Indian journal of veterinary science and animal husbandry - Volume 4,
Year: 1934
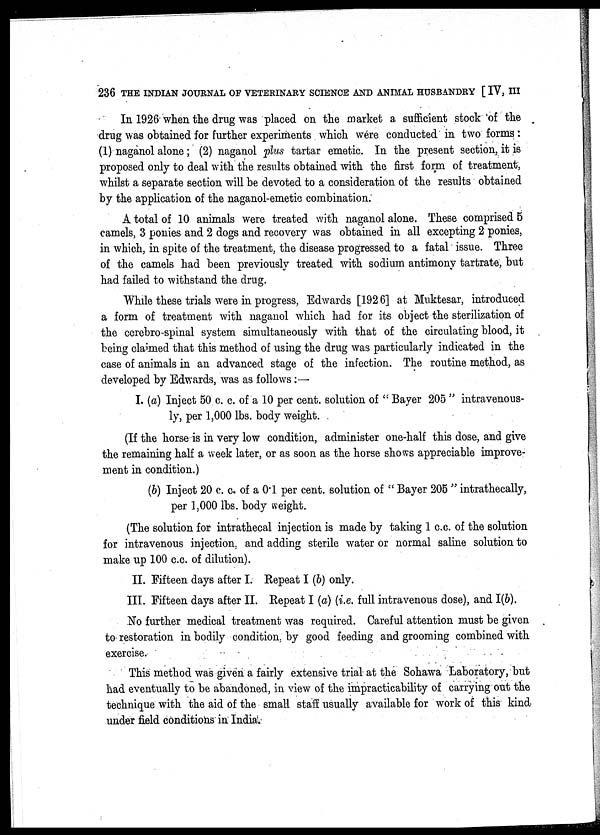
236 THE INDIAN JOURNAL OF VETERINARY SCIENCE AND ANIMAL HUSBANDRY [ IV, III
In 1926 when the drug was placed on the market a sufficient stock of the
drug was obtained for further experiments which were conducted in two forms :
(1) naganol alone; (2) naganol plus tartar emetic. In the present section, it is
proposed only to deal with the results obtained with the first form of treatment,
whilst a separate section will be devoted to a consideration of the results obtained
by the application of the naganol-emetic combination.
A total of 10 animals were treated with naganol alone. These comprised 5
camels, 3 ponies and 2 dogs and recovery was obtained in all excepting 2 ponies,
in which, in spite of the treatment, the disease progressed to a fatal issue. Three
of the camels had been previously treated with sodium antimony tartrate, but
had failed to withstand the drug.
While these trials were in progress, Edwards [1926] at Muktesar, introduced
a form of treatment with naganol which had for its object the sterilization of
the cerebro-spinal system simultaneously with that of the circulating blood, it
being claimed that this method of using the drug was particularly indicated in the
case of animals in an advanced stage of the infection. The routine method, as
developed by Edwards, was as follows:—
I. (a) Inject 50 c. c. of a 10 per cent. solution of " Bayer 205 " intravenous-
ly, per 1,000 lbs. body weight.
(If the horse is in very low condition, administer one-half this dose, and give
the remaining half a week later, or as soon as the horse shows appreciable improve-
ment in condition.)
(b) Inject 20 c. c. of a 0.1 per cent. solution of " Bayer 205 " intrathecally,
per 1,000 lbs. body weight.
(The solution for intrathecal injection is made by taking 1 c.c. of the solution
for intravenous injection, and adding sterile water or normal saline solution to
make up 100 c.c. of dilution).
II. Fifteen days after I. Repeat I (b) only.
III. Fifteen days after II. Repeat I (a) (i.e. full intravenous dose), and I(b).
No further medical treatment was required. Careful attention must be given
to restoration in bodily condition, by good feeding and grooming combined with
exercise.
This method was given a fairly extensive trial at the Sohawa Laboratory, but
had eventually to be abandoned, in view of the impracticability of carrying out the
technique with the aid of the small staff usually available for work of this kind
under field conditions in India.